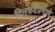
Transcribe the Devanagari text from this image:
दिनचर्येप्रमाणे